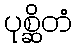
ပုစ္ဆိတံ